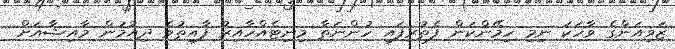
ޒަވިއަންގެ ވާހަކަ ނިމި ހިމޭންކަން ފެތުރިފައި ހުންނަތާ މިނިޓެއްހާއިރު ފާއިތުވެ ދިއުމުން މާއިޝާއަށް